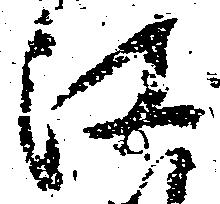
江